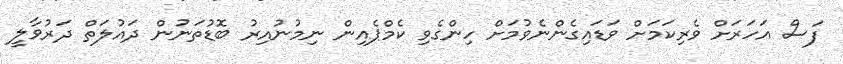
ފަސް އަހަރަށް ވެރިކަމަށް ވަޑައިގެންނެވުމަށް ހިންގެވި ކެމްޕެއިން ނިމުނުއިރު ބޮޑުތަނުން ދައުލަތް ދަރުވާލީ